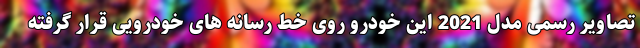
تصاویر رسمی مدل 2021 این خودرو روی خط رسانه های خودرویی قرار گرفته